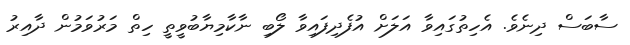
ސާބަސް ދިނެވެ. އެހިތުގައިވާ އަލަށް އުފެދިފައިވާ ލޯބި ނާކާމިޔާބުވީތީ ހިތް މަރުވަމުން ދާއިރު